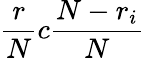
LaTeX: \frac{r}{N}c\frac{N-r_{i}}{N}